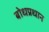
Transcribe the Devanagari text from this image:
बोधप्रधान